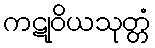
ကဋုဝိယသုတ္တံ